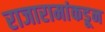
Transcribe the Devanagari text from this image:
राजारामांकडून